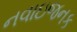
નવાઇજનક